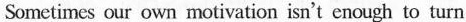
sometimes our own motivation isn't enough to turn